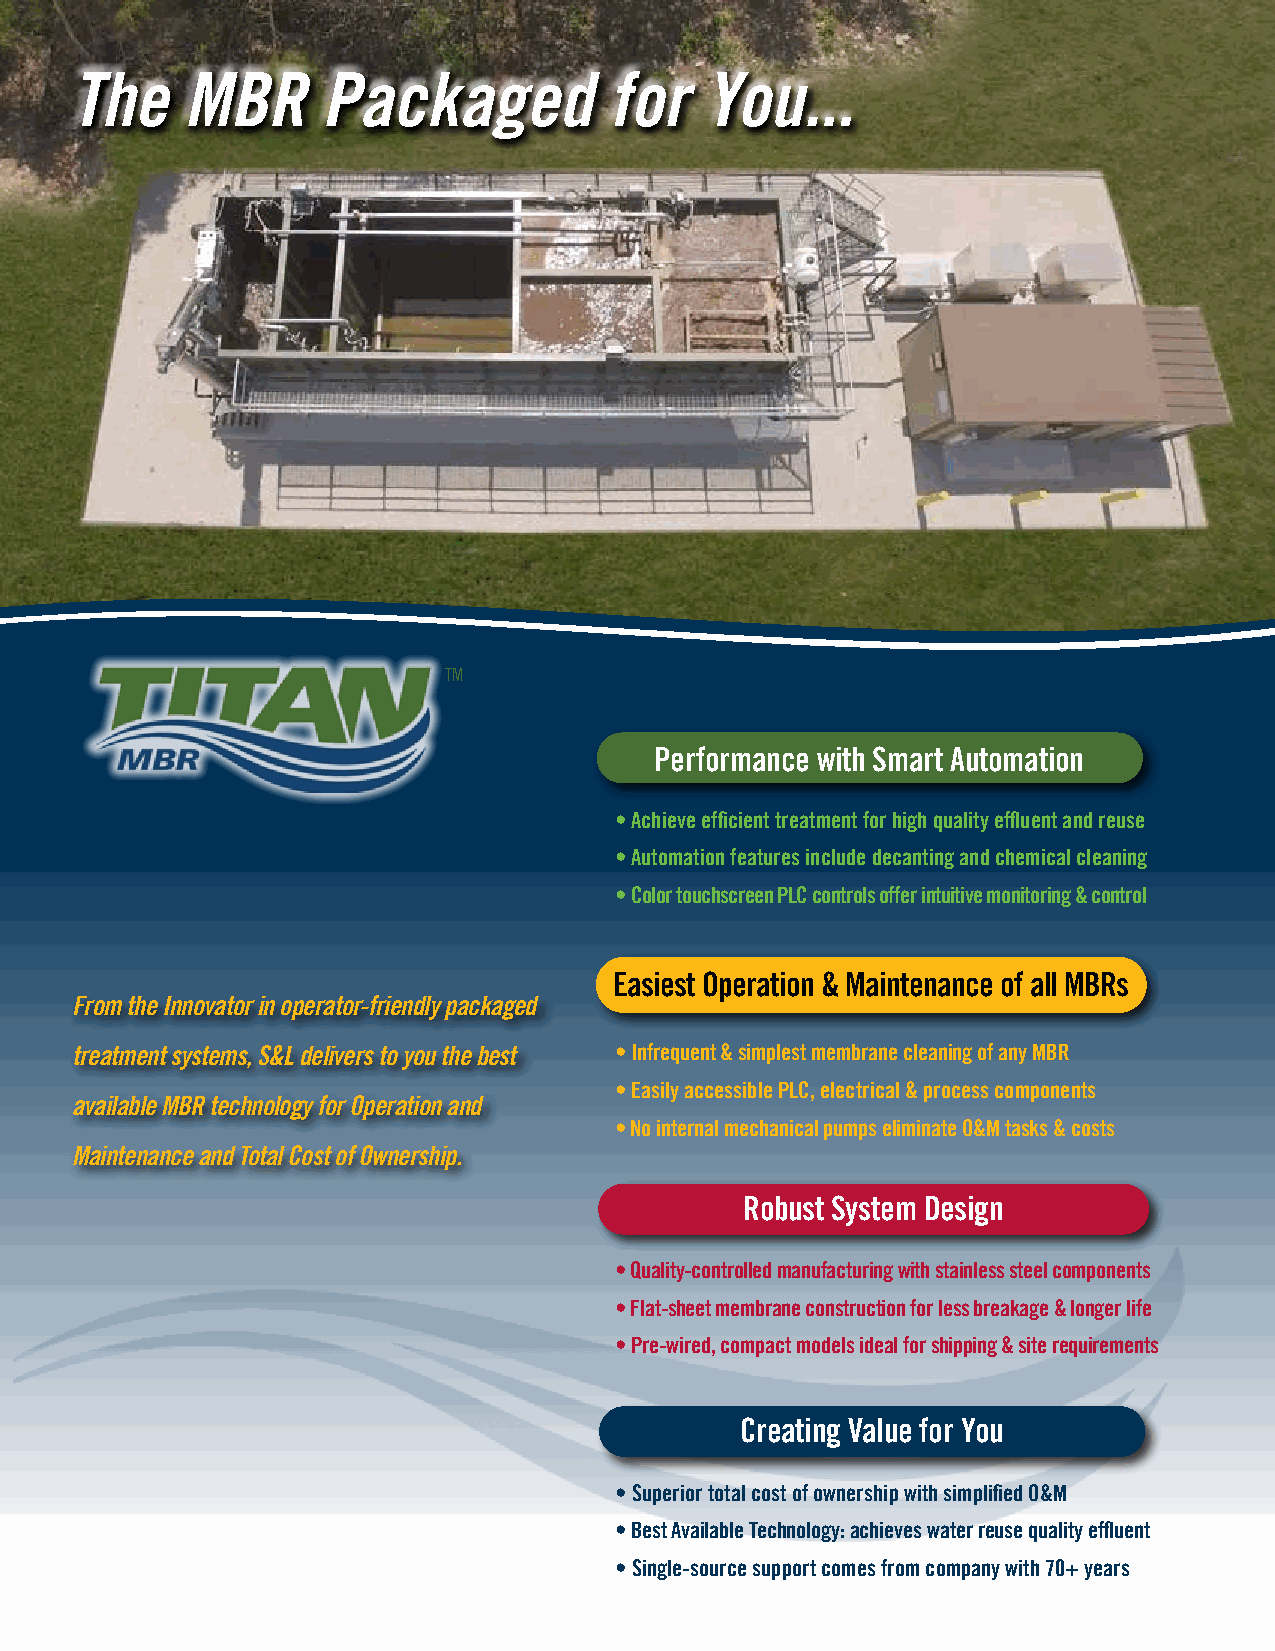
The    MBR      Packaged           for    You...
 Prewired Cable Trays
 Sample Screenshots
 SS NEMA Rated Panels
 [Entire screen not displayed here]
 Main Features
 • 9.7” (24.6 cm) 65K-Color TFT
 LCD Touch Screen HMI
 • PLC/Microprocessor-Based
 Controller
 • NEMA 4 Rated when Installed
 in Enclosure
 • UL Certified
 System Overview
 • Protected by Surge Protective
 Device (SPD)
 TM                                                                                                                    • English/Spanish Toggle
 • More than 15 Different
 Performance with Smart Automation
 Screen Selections
 • Achieve efficient treatment for high quality effluent and reuse
 • Data, Maintenance, and Alarm
 • Automation features include decanting and chemical cleaning                                              Logging
 • Color touchscreen PLC controls offer intuitive monitoring & control
 • Complete “Help” Menu and
 Support Screens
 Easiest Operation & Maintenance of all MBRs
 From the Innovator in operator-friendly packaged
 Data Log
 treatment systems, S&L delivers to you the best • Infrequent & simplest membrane cleaning of any MBR
 • Easily accessible PLC, electrical & process components
 available MBR technology for Operation and
 • No internal mechanical pumps eliminate O&M tasks & costs
 Maintenance and Total Cost of Ownership.
 Robust System Design
 • Quality-controlled manufacturing with stainless steel components
 RemoteView™
 • Flat-sheet membrane construction for less breakage & longer life
 Cloud Services through
 • Pre-wired, compact models ideal for shipping & site requirements
 QUICKSMART™
 Gain remote access monitoring
 Creating Value for You
 and troubleshooting services with
 RemoteView™ from S&L. We are here
 • Superior total cost of ownership with simplified O&M                                                    to help you make owning and operating
 an MBR the easiest of any system.
 • Best Available Technology: achieves water reuse quality effluent         I/O Status
 • Single-source support comes from company with 70+ years